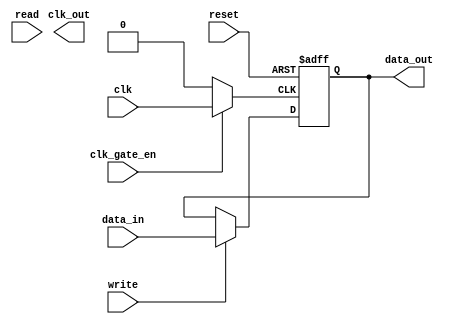
module MemoryBlock (
    input wire clk,              // Main clock input
    input wire clk_gate_en,      // Clock gating enable signal
    input wire [7:0] data_in,    // Data input
    output reg [7:0] data_out,    // Data output
    input wire read,             // Read enable
    input wire write,            // Write enable
    input wire reset,            // Asynchronous reset
    output reg clk_out           // Gated clock output
);

    // Internal signals
    reg gated_clk;

    // Clock gating logic
    always @(*) begin
        if (clk_gate_en) begin
            gated_clk = clk; // Pass clock if enabled
        end else begin
            gated_clk = 1'b0; // Block clock if disabled
        end
    end

    // Gated clock output
    always @(posedge gated_clk or posedge reset) begin
        if (reset) begin
            data_out <= 8'b0; // Reset output
        end else if (write) begin
            // On write, process input data
            data_out <= data_in; // Write data
        end else if (read) begin
            // On read, output data (this is just a simple example)
            // In a real scenario, you would read from memory here
        end
    end

endmodule